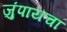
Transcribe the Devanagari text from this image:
जुंपायचा